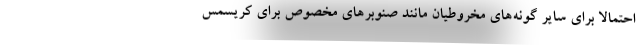
احتمالاً برای سایر گونه‌های مخروطیان مانند صنوبرهای مخصوص برای کریسمس